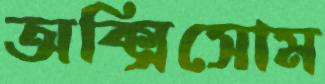
অক্সিসোম